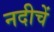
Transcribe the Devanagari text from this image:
नदीचें